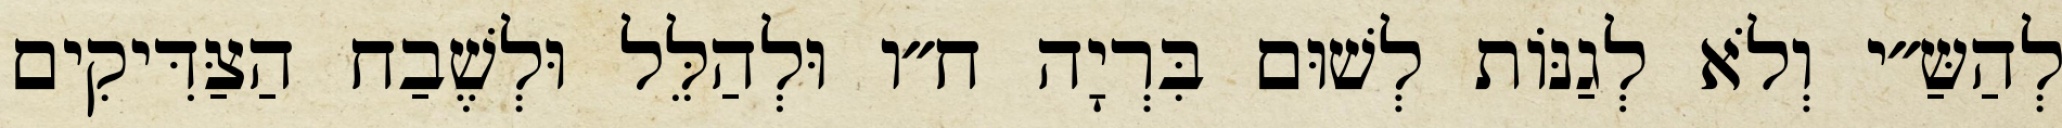
לְהַשַּ״י וְלֹא לְגַנּוֹת לְשׁוּם בִּרְיָה ח״ו וּלְהַלֵּל וּלְשֶׁבַח הַצַּדִּיקִים